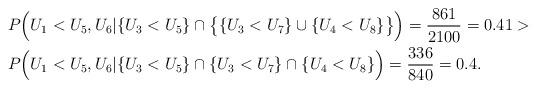
LaTeX: \begin{align*}& P\Big(U_1 < U_5 , U_6 | \{ U_3 < U_5 \} \cap \big\{ \{U_3 < U_7\} \cup \{U_4 < U_8\} \big\}\Big) = \frac{861}{2100} = 0.41 > \\ & P\Big(U_1 < U_5 , U_6 | \{ U_3 < U_5 \} \cap \{ U_3 < U_7 \} \cap \{U_4 < U_8\} \Big) = \frac{336}{840} = 0.4. \end{align*}